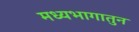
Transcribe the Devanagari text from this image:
मध्यभागातुन